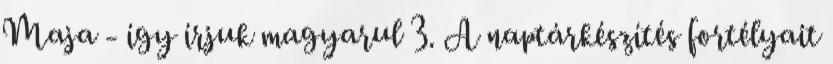
Maja - így írjuk magyarul 3. A naptárkészítés fortélyait